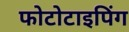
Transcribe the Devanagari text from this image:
फोटोटाइपिंग